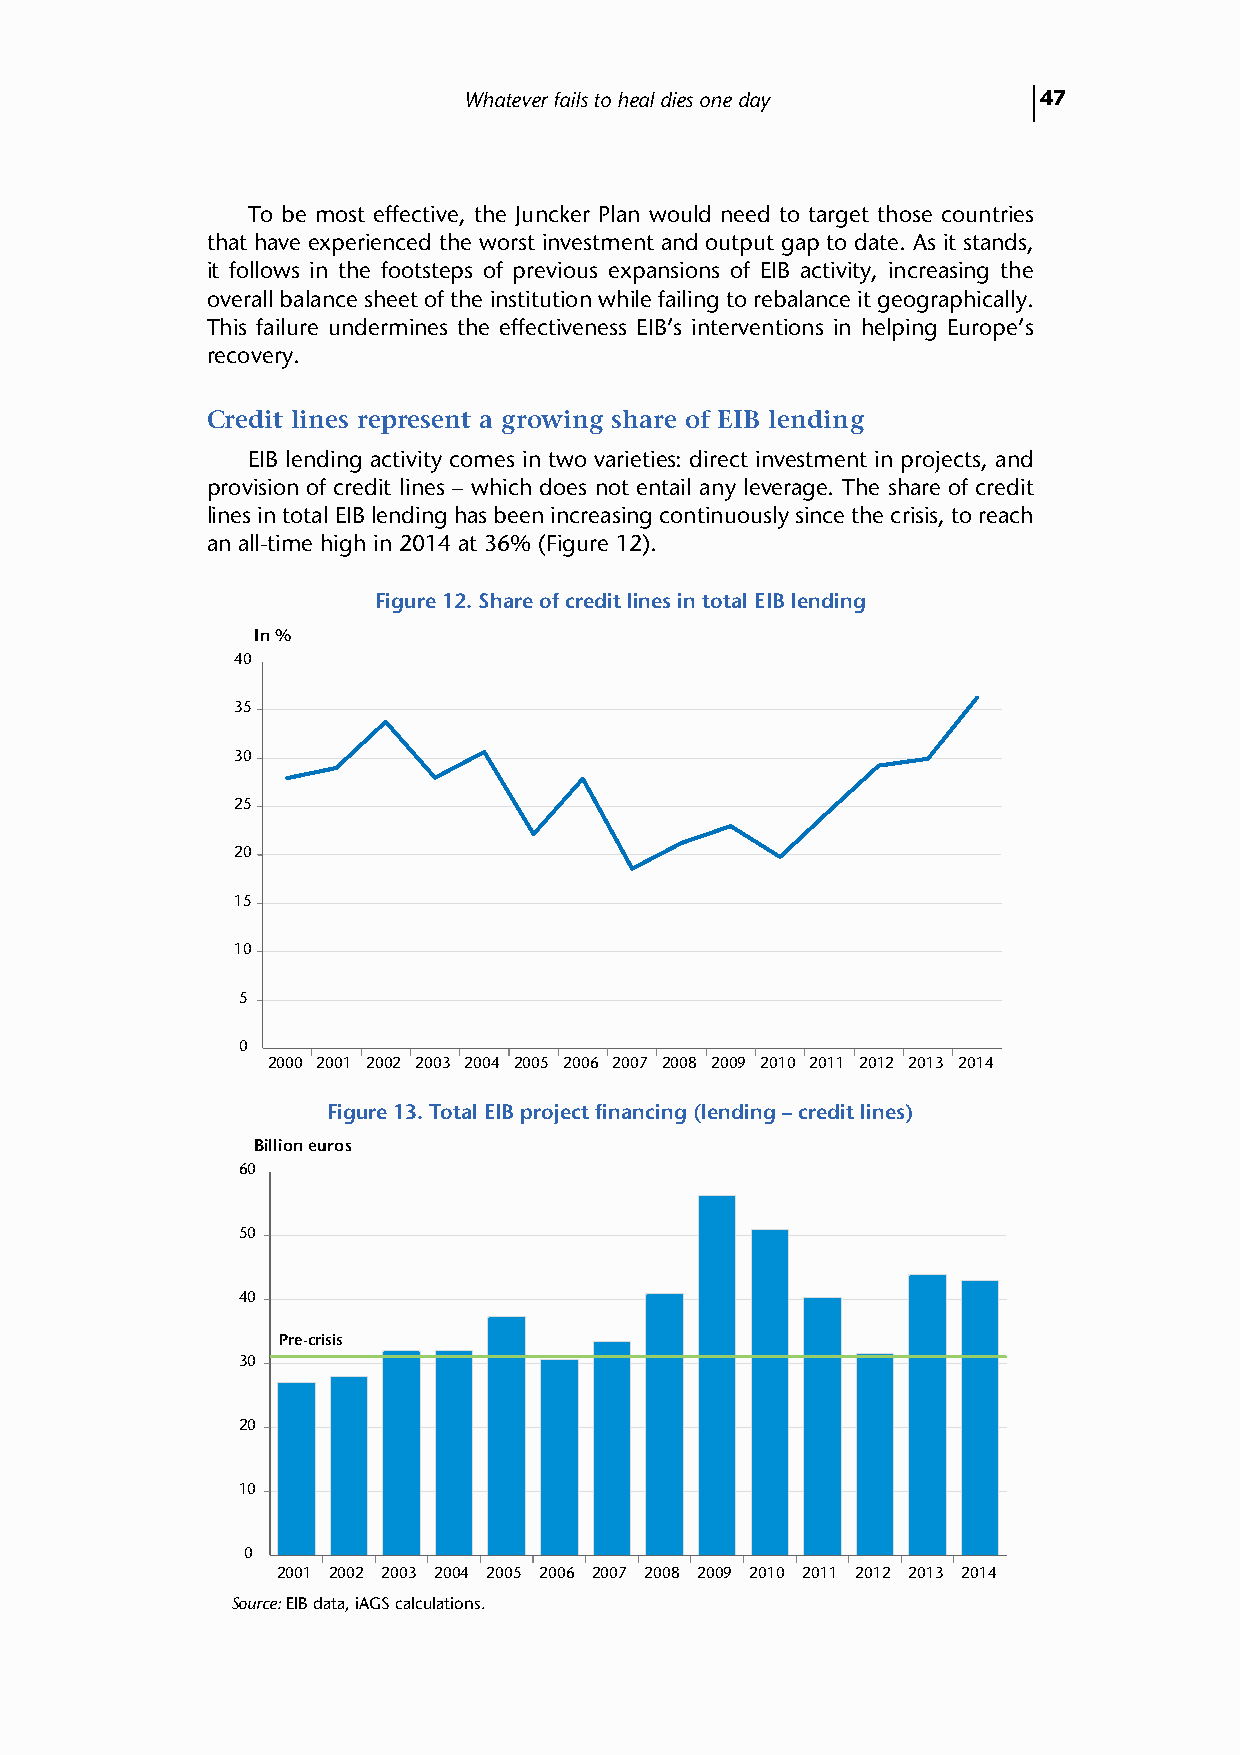
Whatever fails to heal dies one day   47
 To be most effective, the Juncker Plan would need to target those countries
 that have experienced the worst investment and output gap to date. As it stands,
 it follows in the footsteps of previous expansions of EIB activity, increasing the
 overall balance sheet of the institution while failing to rebalance it geographically.
 This failure undermines the effectiveness EIB’s interventions in helping Europe’s
 recovery.
 Credit lines represent a growing share of EIB lending
 EIB lending activity comes in two varieties: direct investment in projects, and
 provision of credit lines – which does not entail any leverage. The share of credit
 lines in total EIB lending has been increasing continuously since the crisis, to reach
 an all-time high in 2014 at 36% (Figure 12).
 Figure 12. Share of credit lines in total EIB lending
 In %
 40
 35
 30
 25
 20
 15
 10
 5
 0
 2000 2001 2002 2003 2004 2005 2006 2007 2008 2009 2010 2011 2012 2013 2014
 Figure 13. Total EIB project financing (lending – credit lines)
 Billion euros
 60
 50
 40
 Pre-crisis
 30
 20
 10
 0
 2001 2002 2003 2004 2005 2006 2007 2008 2009 2010 2011 2012 2013 2014
 Source: EIB data, iAGS calculations.